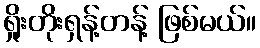
ရှိုးတိုးရှန့်တန့် ဖြစ်မယ်။